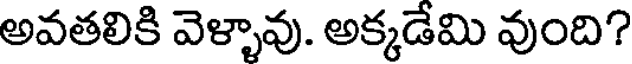
అవతలికి వెళ్ళావు. అక్కడేమి వుంది?